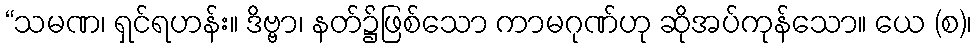
“သမဏ၊ ရှင်ရဟန်း။ ဒိဗ္ဗာ၊ နတ်၌ဖြစ်သော ကာမဂုဏ်ဟု ဆိုအပ်ကုန်သော။ ယေ (စ)၊